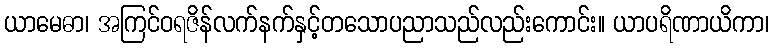
ယာမေဓာ၊ အကြင်ဝရဇိန်လက်နက်နှင့်တသောပညာသည်လည်းကောင်း။ ယာပရိဏာယိကာ၊